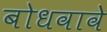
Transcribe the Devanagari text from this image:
बोधवावे